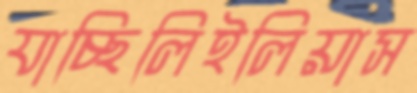
যাচ্ছিলিইলিয়াস